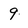
Character: 9